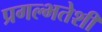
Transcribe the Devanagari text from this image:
प्रगल्भतेशी